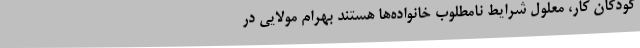
کودکان کار، معلول شرایط نامطلوب خانواده‌ها هستند بهرام مولایی در